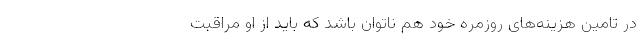
در تامین هزینه‌های روزمره خود هم ناتوان باشد که باید از او مراقبت